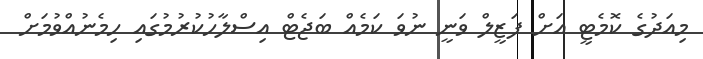
މިއަދުގެ ކޮމެޓީ އަށް ފަޒީލް ވަނީ ނުވަ ކަމެއް ބަޖެޓް އިސްލާހުކުރުމުގައި ހިމެނުއްވުމަށް